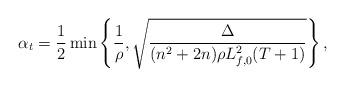
LaTeX: \begin{align*} \alpha_t = \frac{1}{2}\min\left\{\frac{1}{\rho}, \sqrt{\frac{\Delta}{(n^2+2n)\rho L_{f,0}^2(T+1)}}\right\}, \end{align*}